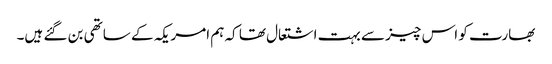
بھارت کو اس چیز سے بہت اشتعال تھا کہ ہم امریکہ کے ساتھی بن گئے ہیں۔